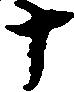
十